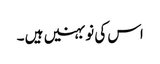
اس کی نو بہنیں ہیں ۔